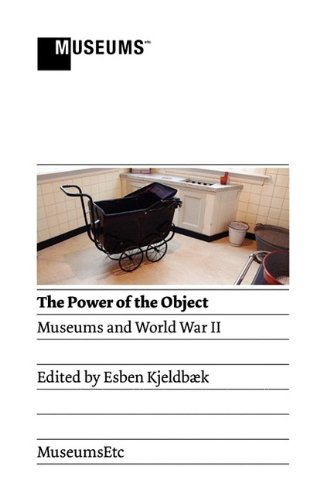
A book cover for The Power of the Object: Museums and World War II; Business & Money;